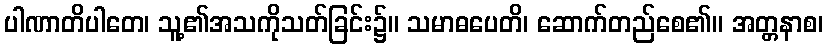
ပါဏာတိပါတေ၊ သူ့၏အသကိုသတ်ခြင်း၌။ သမာဓပေတိ၊ ဆောက်တည်စေ၏။ အတ္တနာစ၊